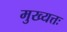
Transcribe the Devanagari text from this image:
मुख्यत्तः